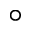
^ \circ